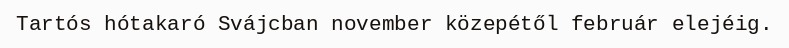
Tartós hótakaró Svájcban november közepétől február elejéig.